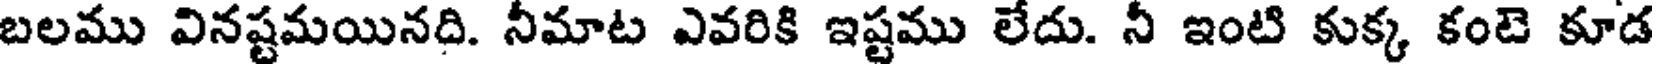
బలము వినష్టమయినది. నీమాట ఎవరికి ఇష్టము లేదు. నీ ఇంటి కుక్క కంటె కూడ